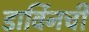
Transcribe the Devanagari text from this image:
डार्विनची